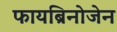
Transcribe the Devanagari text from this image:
फायब्रिनोजेन